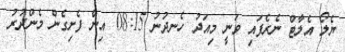
ޔެލޯ އެލާޓް ނެރެފައި ވަނީ މިއަދު ހެނދުނު 08:15 އިން ފެށިގެން މެންދުރު